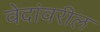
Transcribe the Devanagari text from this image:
वेदांवरील